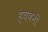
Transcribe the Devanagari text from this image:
ह्यवनी